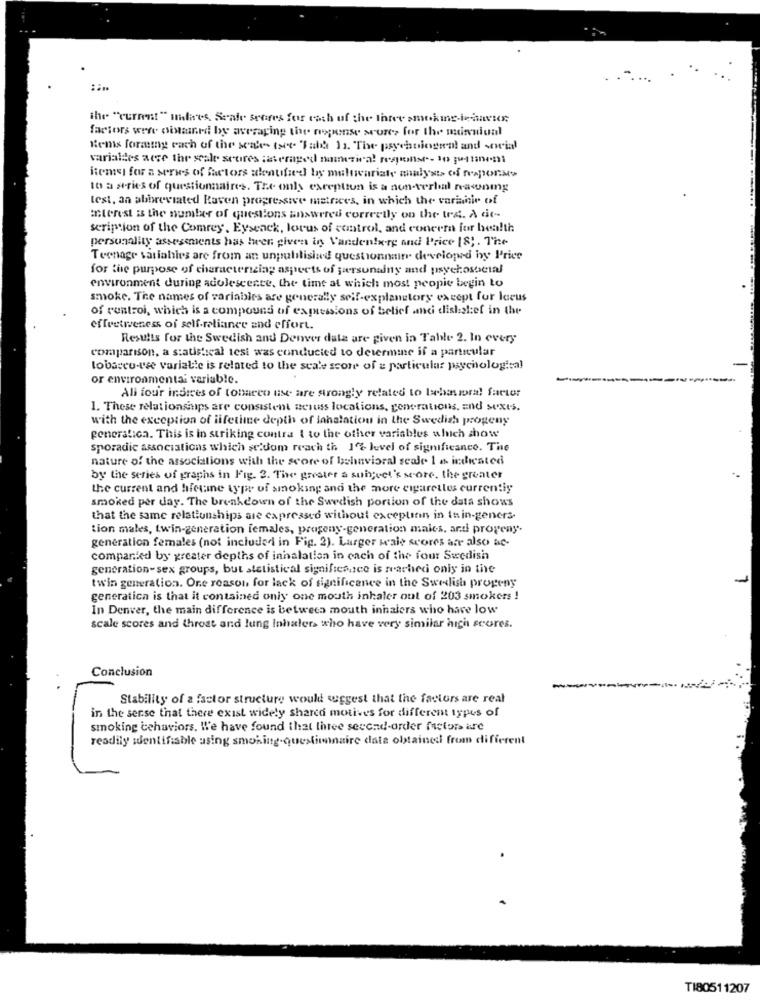
the "current" Hadets, Seale scores for each of the three smoking-behavior,
factors were oisaned by averaging the nopense seures for the menniual
Hems forming each of the scale (se Tabb 12. The psychologen? and social
varialdes auce the scale scores ;averaged numerical response- to meinen
itemist for a seres of factors identified by multivariate analysts of weapons>
to a series of questionnaires. The only exception is a non-verhaal naconmg
test, an abbreviated Raven progressive matrices, in which the varianie of
interest is the number of questions answered correctly on the tre. A de --
scription of the Comrey, Eysenck, lorus of control, and concera for health
personality assessments has been given in Vanden!w-re and Price [8 ;. The
Teenage variables are from an unpubilisiad questionnaire developed by Price
for the purpose of characterizing aspects of jærsunainy and psychosocial
environment during adolescente, the time at which most people begin to
smoke. The names of variables are generally self-explanatory except for locus
of control, which is a compound of expressions of belief andi dishstef in the
effectiveness of self-reliance and effort.
Results for the Swedish and Denver data are given in Table 2. In every
comparison, a statistical tesi was conducted to determine if a particular
tobacco-use varialle is related to the scale score of a particular psychological
or environmental variable.
All four indices of tobacco use are strongly related to lahasiora! factor
1. These relationships are consistent aciuss locations, generations, and sexes.
with the exception of lifetime depth of lahalation in the Swedish progeny
generalica. This is in striking contra { to the other variables which show
sporadic associations which seldom reach th 1% level of significance. The
nature of the associations with the score of behavioral scale 1 6 indicated
by the series of graphs in Fig. 3. The greater a subject's score. the greater
the current and hfetme type of smoking and the more cigaretles currentiy
smoked per day. The breakdown of the Swedish portion of the data shows
that the same relationships are expressed without exceptinin in Inin-geners.
tion males, twin-generation females, progeny-generation males, arti progeny.
generation females (not included in Fig. 2). Larger w'ale scores are also ac-
companled by greater depths of inhalation in each of the four Swedish
generation- sex groups, but statistical significance is reached only in the
twin generation. One reason for lack of significance in the Swedish progeny
generation is that it contained only one mouth inhaler out of 203 smokers !
In Denver, the main difference is between mouth inhalers who have low
scale scores and throat and lung inhalers who have very similar high scores.
Conclusion
Stability of a factor structure would suggest that the factors are real
in the sense that there exist widely shared motives for different types of
smoking behaviors. We have found that three second-order fuetors are
readily identifiable using smoking-questionnaire data obtained from different
TI80511207